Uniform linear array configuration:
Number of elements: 64
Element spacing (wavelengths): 1
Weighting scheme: hamming
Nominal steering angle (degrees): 30
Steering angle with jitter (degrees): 29.379
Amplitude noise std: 0.05
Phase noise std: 0.05

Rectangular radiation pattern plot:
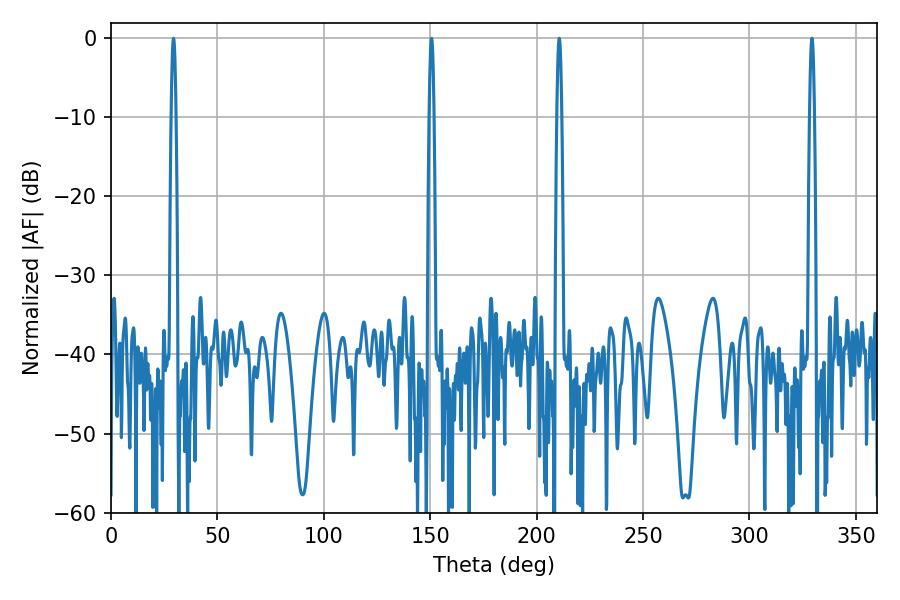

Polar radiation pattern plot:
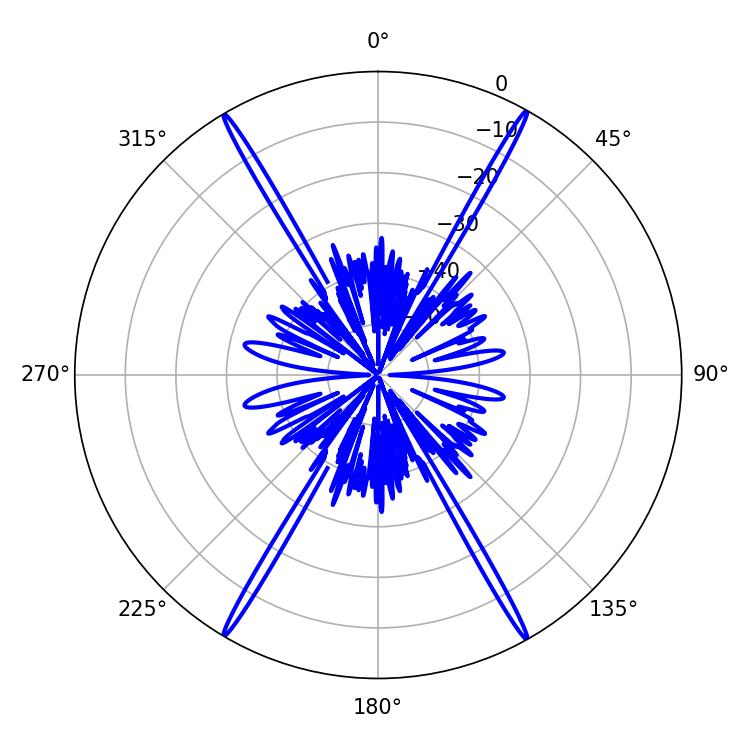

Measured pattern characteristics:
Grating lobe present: TRUE
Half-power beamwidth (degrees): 1.08
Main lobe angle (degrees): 210.6